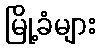
မြို့ခံများ